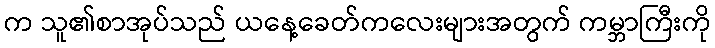
က သူ၏စာအုပ်သည် ယနေ့ခေတ်ကလေးများအတွက် ကမ္ဘာကြီးကို